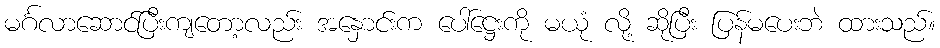
မင်္ဂလာဆောင်ပြီးကျတော့လည်း အနှောင်းက ပေါ်ဋ္ဌေးကို မယုံ လို့ ဆိုပြီး ပြန်မပေးဘဲ ထားသည်။